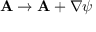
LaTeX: \mathbf { A } \rightarrow \mathbf { A } + \nabla \psi